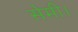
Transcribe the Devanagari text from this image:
सेमी।